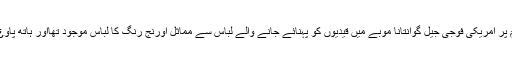
پولیس حکام کا کہنا ہے کہ لاش سیاہ رنگ کے پلاسٹ کے تھیلے میں موجود تھی جبکہ مقتول کے جسم پر امریکی فوجی جیل گوانتانا موبے میں قیدیوں کو پہنائے جانے والے لباس سے مماثل اورنج رنگ کا لباس موجود تھااور ہاتھ پاو¿ں باندھ کر لاش پھینک دی گئی جبکہ لاش پر کالعدم تنظیم داعش کے نام کی پٹی بھی بندھی ہوئی تھی۔